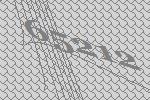
65212